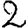
Digit: 2